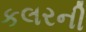
કલરની